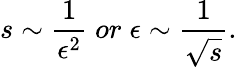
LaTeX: s\sim\frac{1}{\epsilon^{2}}\; or\; \epsilon\sim\frac{1}{\sqrt{s}}.